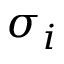
\sigma _ { i }